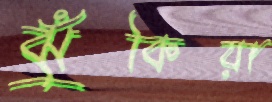
ঝুঁকিয়া